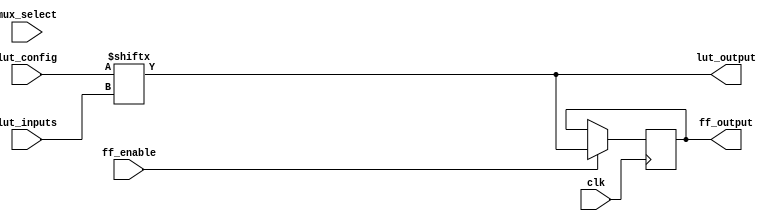
module CLB (
    input wire clk,               // Clock signal for flip-flops
    input wire [3:0] lut_inputs,  // Inputs to the LUT (4 inputs for this example)
    input wire [15:0] lut_config,  // Configuration for the LUT (truth table)
    input wire mux_select,         // Select signal for MUX
    input wire ff_enable,          // Enable signal for the flip-flop
    output wire lut_output,        // Output from the LUT
    output reg ff_output           // Output from the flip-flop
);

// Look-Up Table (LUT)
wire [3:0] lut_addr;             // Address for the LUT (using 4 inputs)
assign lut_addr = lut_inputs;    // Assign inputs to address

// LUT implementation using a case statement
assign lut_output = lut_config[lut_addr];

// Flip-Flop
always @(posedge clk) begin
    if (ff_enable) begin
        ff_output <= lut_output;    // Capture the LUT output on clock edge
    end
end

// Multiplexer
wire mux_output;
assign mux_output = mux_select ? ff_output : lut_output; // Select between FF output and LUT output

endmodule